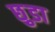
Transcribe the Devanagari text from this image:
छ़ुडा